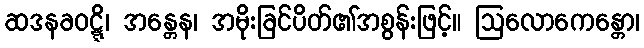
ဆဒနခဝဋ္ဋိ၊ အန္တေန၊ အမိုးခြင်ပိတ်၏အစွန်းဖြင့်။ ဩလောကေန္တော၊